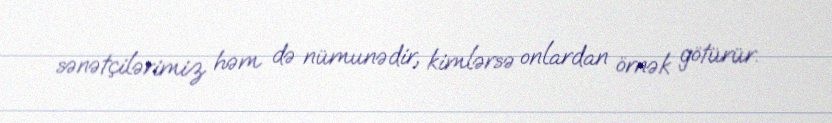
sənətçilərimiz həm də nümunədir, kimlərsə onlardan örnək götürür.